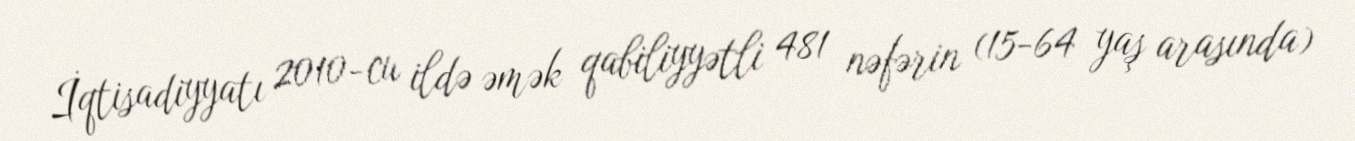
İqtisadiyyatı 2010-cu ildə əmək qabiliyyətli 481 nəfərin (15-64 yaş arasında)